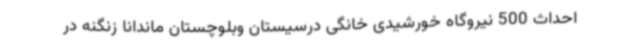
احداث 500 نیروگاه خورشیدی خانگی درسیستان وبلوچستان ماندانا زنگنه در